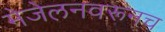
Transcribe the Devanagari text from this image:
मेजेलनवरूनच